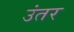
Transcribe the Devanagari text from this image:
उंतर